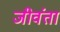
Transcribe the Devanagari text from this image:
जीवंता